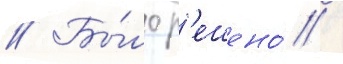
// Бы́ло р'ешено́ /